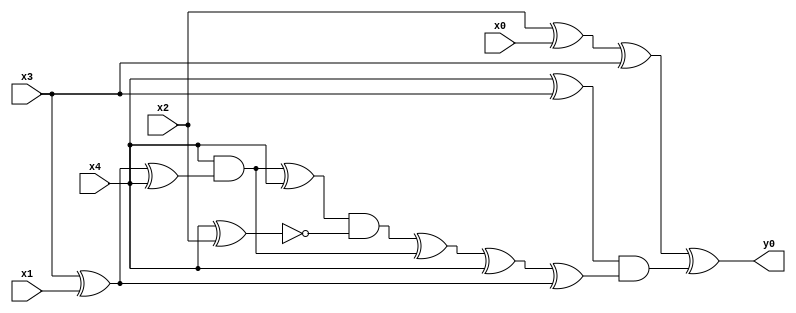
module top( x0 , x1 , x2 , x3 , x4 , y0 );
  input x0 , x1 , x2 , x3 , x4 ;
  output y0 ;
  wire n6 , n7 , n8 , n9 , n10 , n11 , n12 , n13 , n14 , n15 , n16 , n17 , n18 , n19 ;
  assign n17 = x2 ^ x0 ;
  assign n18 = n17 ^ x3 ;
  assign n6 = x4 ^ x3 ;
  assign n7 = x3 ^ x1 ;
  assign n8 = n7 ^ x4 ;
  assign n9 = x4 & n8 ;
  assign n10 = n9 ^ x4 ;
  assign n11 = x4 ^ x2 ;
  assign n12 = n10 & ~n11 ;
  assign n13 = n12 ^ n9 ;
  assign n14 = n13 ^ x4 ;
  assign n15 = n14 ^ n7 ;
  assign n16 = n6 & n15 ;
  assign n19 = n18 ^ n16 ;
  assign y0 = n19 ;
endmodule